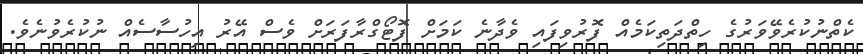
ކެތްނުކުރެވޭވަރުގެ ހިތްދަތިކަމެއް ފޮރުވިފައި ވެދާނެ ކަމަށް ފޮޓޯގްރާފަރަށް ވެސް އޭރު އިހުސާސެއް ނުކުރެވުނެވެ.